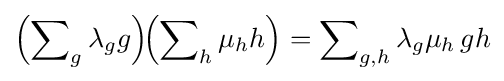
\left(\sum \nolimits _{g}\lambda _{g}g\right)\!\!\left(\sum \nolimits _{h}\mu _{h}h\right)=\sum \nolimits _{g,h}\lambda _{g}\mu _{h}\,gh